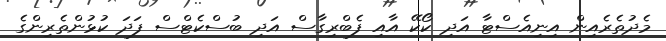
މެދުތެރެއިން އިނިއެސްޓާ އަދި ކޯކޭ އާއި ފެބްރިގާސް އަދި ބުސްކެޓްސް ފަދަ ކުޅުންތެރިންގެ